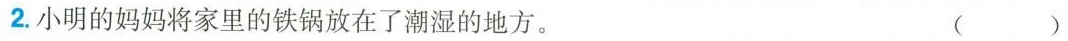
2.小明的妈妈将家里的铁锅放在了潮湿的地方。 ( )